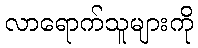
လာရောက်သူများကို